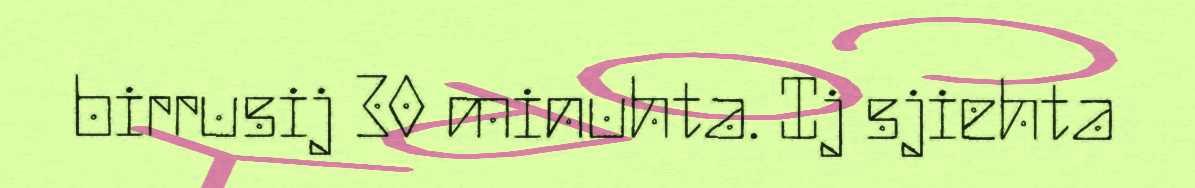
birrusij 30 minuhta. Ij sjiehta